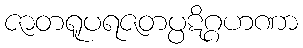
ဇာတရူပရဇတပ္ပဋိဂ္ဂဟဏာ